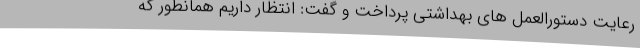
رعایت دستورالعمل های بهداشتی پرداخت و گفت: انتظار داریم همانطور که